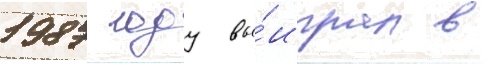
1987 году вы́играл в